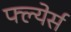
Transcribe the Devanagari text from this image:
फ्ल्येर्स